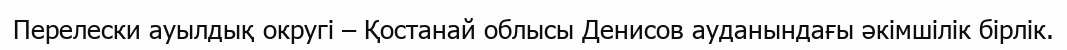
Перелески ауылдық округі – Қостанай облысы Денисов ауданындағы әкімшілік бірлік.